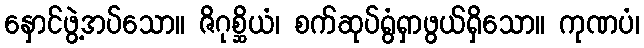
နှောင်ဖွဲ့အပ်သော။ ဇိဂုစ္ဆိယံ၊ စက်ဆုပ်ရွံရှာဖွယ်ရှိသော။ ကုဏပံ၊